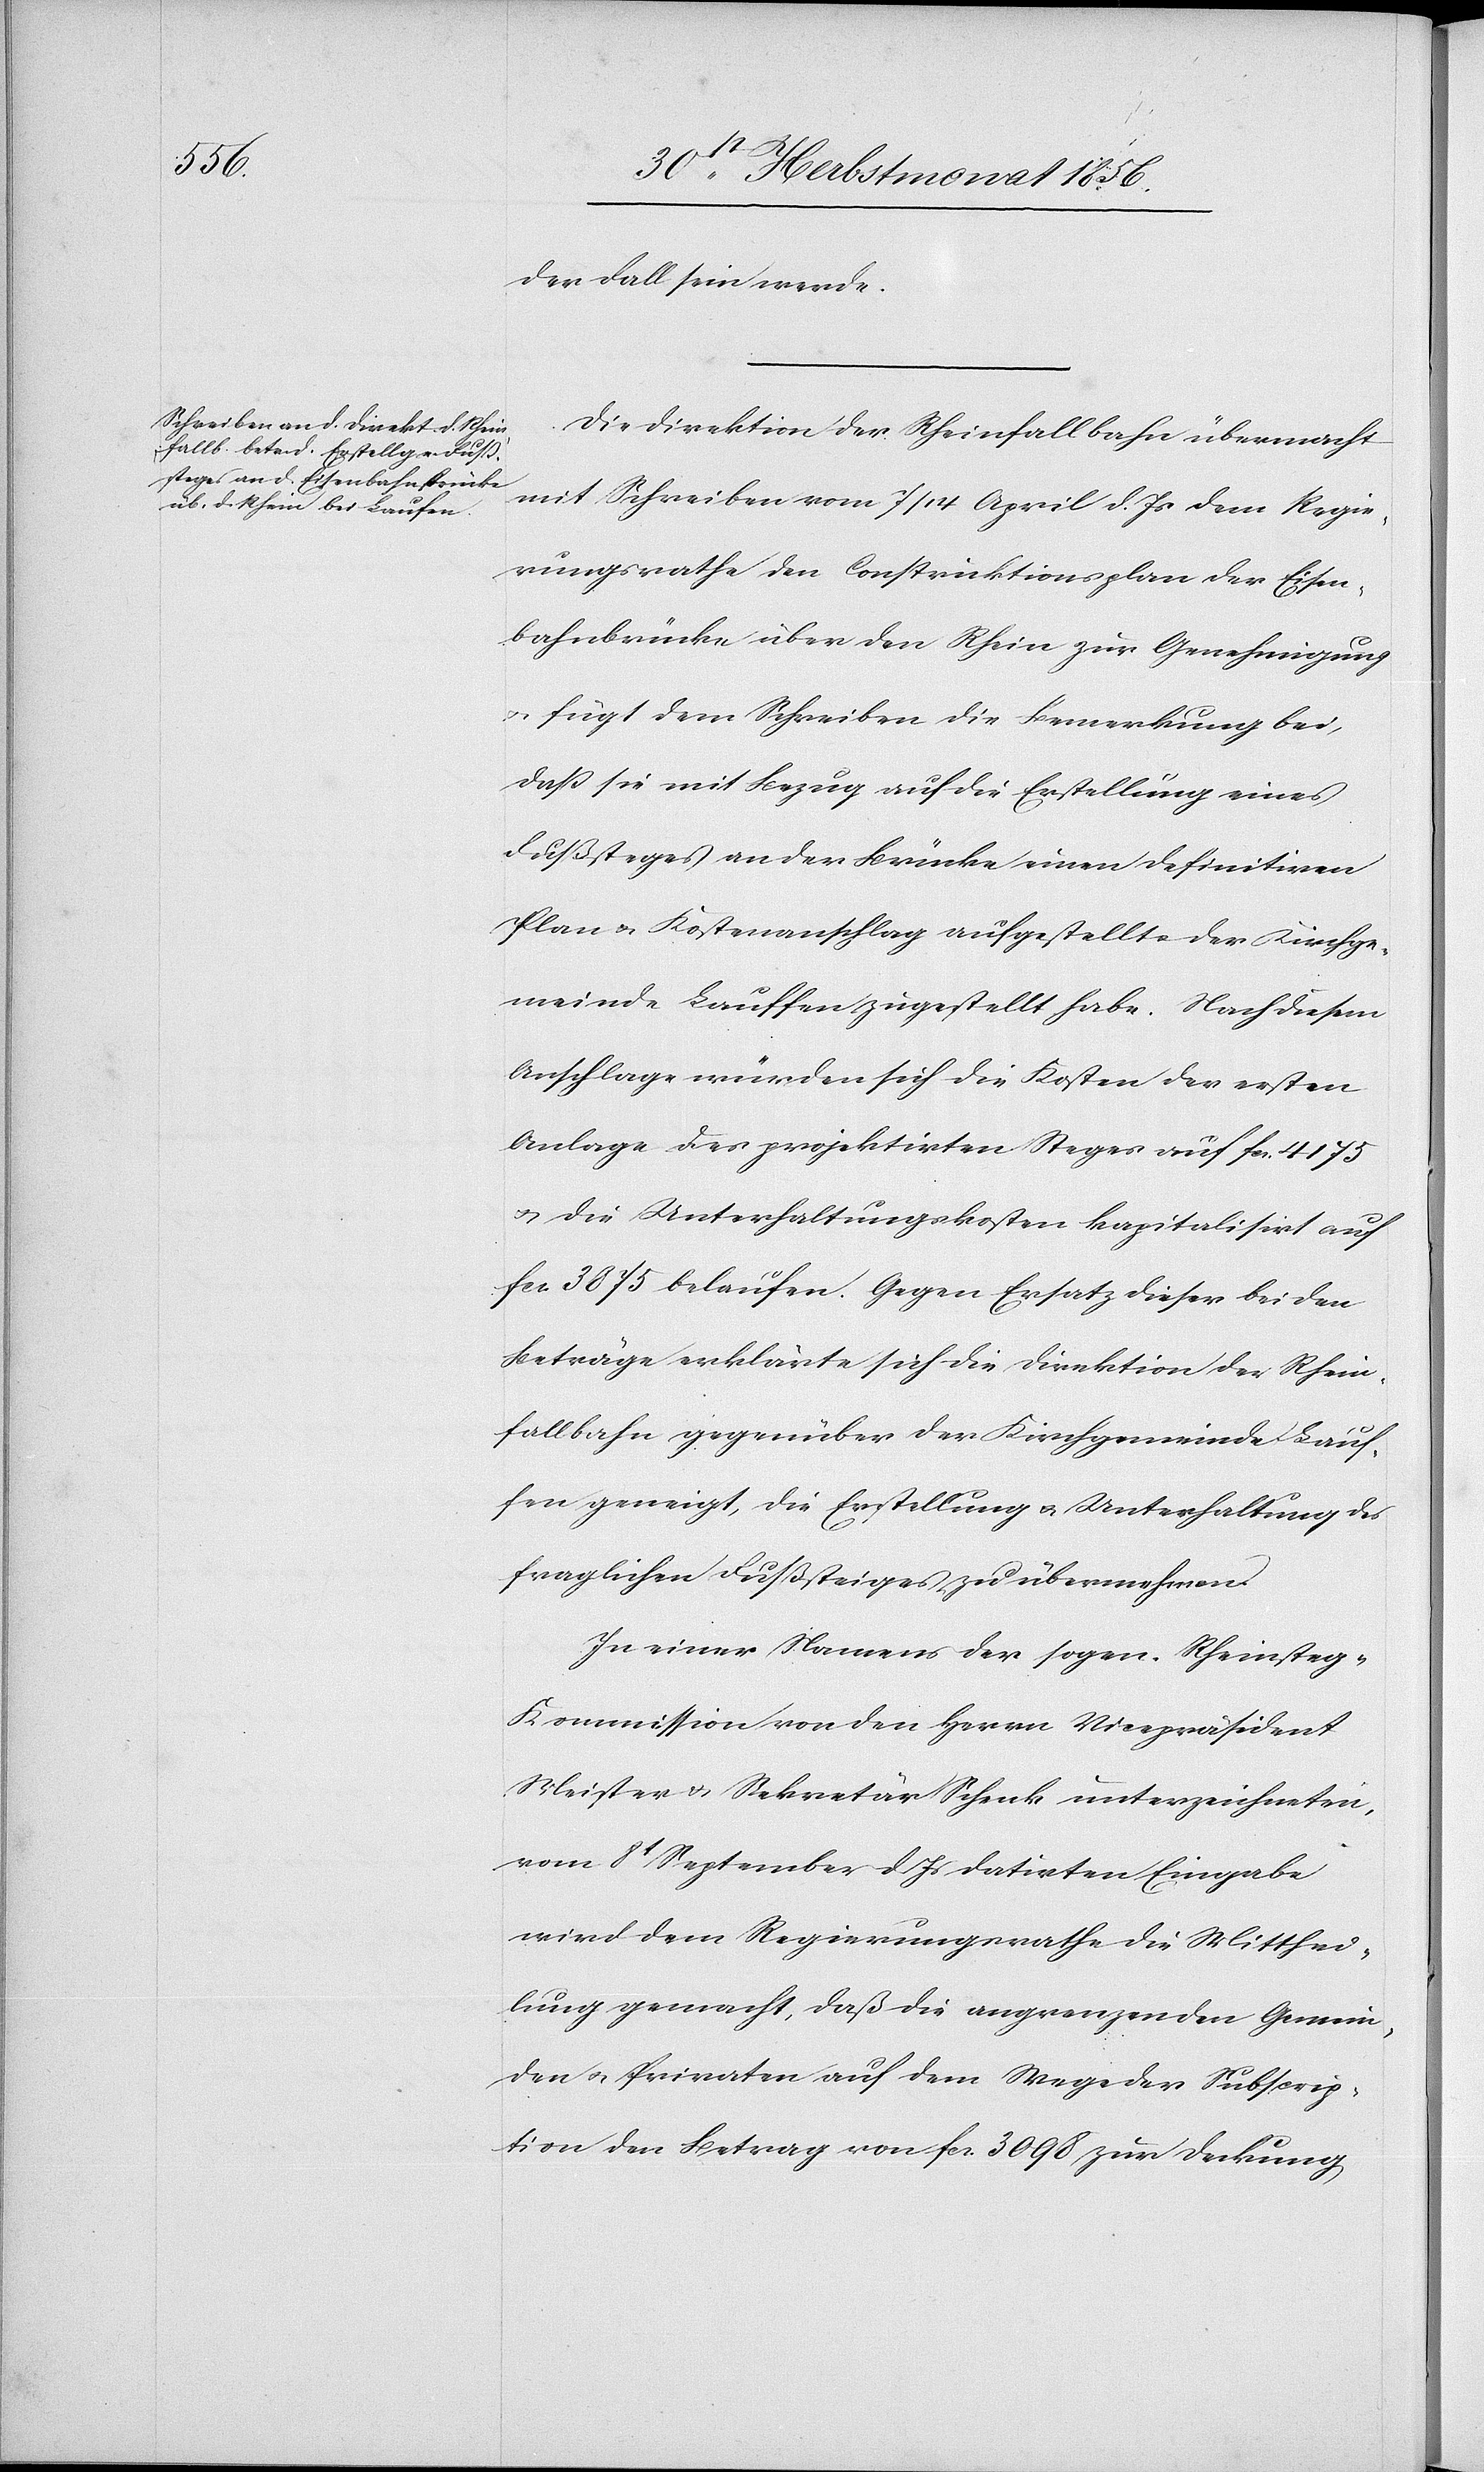
der Fall sein werde.
Die Direktion der Rheinfallbahn übermacht
mit Schreiben vom 7/14 April d. Js dem Regie¬
rungsrathe den Construktionsplan der Eisen¬
bahnbrücke über den Rhein zur Genehmigung
u. fügt dem Schreiben die Bemerkung bei,
dass sie mit Bezug auf die Erstellung eines
Fußsteges an der Brücke einen definitiven
Plan & Kostenanschlag aufgestellt u. der Kirchge¬
meinde Lauffen [sic!] zugestellt habe. Nach diesem
Anschlage würden sich die Kosten der ersten
Anlage des projektirten Steges auf fcs. 4175
u. die Unterhaltungskosten kapitalisiert auf
fcs. 3875 belaufen. Gegen Ersatz dieser beiden
Beträge erklärte sich die Direktion der Rhein¬
fallbahn gegenüber der Kirchgemeinde Lauf¬
fen geneigt, die Erstellung u. Unterhaltung des
fraglichen Fußsteiges zu übernehmen.
In einer Namens der sogen. Rheinsteg-K¬
ommission von den Herrn Vicepräsident
Meister & Sekretär Schenk unterzeichneten,
vom 8t September d Js datirten Eingabe
wird dem Regierungsrathe die Mitthei¬
lung gemacht, daß die angrenzenden Gemein¬
den u. Privaten auf dem Wege der Subscrip¬
tion den Betrag von fcs. 3098 zur Deckung